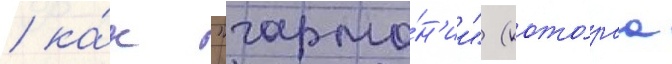
/ ка́к "гармо́н'ии" (кото́раа